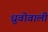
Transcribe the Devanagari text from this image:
ध्रुवोवाली